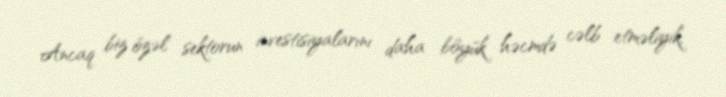
Ancaq biz özəl sektorun investisiyalarını daha böyük həcmdə cəlb etməliyik,